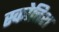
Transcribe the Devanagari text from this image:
स्कोत्तिश